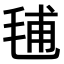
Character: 𣭾